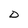
Character: D